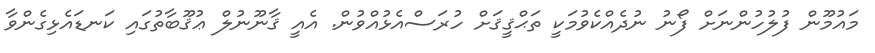
މައުމޫން ފުލުހުންނަށް ފޯނު ނުދެއްކެވުމަކީ ތަޙްޤީޤަށް ހުރަސްއެޅުއްވުން. އެއީ ޤާނޫނުލް ޢުޤޫބާތުގައި ކަނޑައެޅިގެންވާ